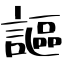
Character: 謳